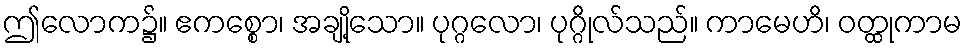
ဤလောက၌။ ဧကစ္စော၊ အချို့သော။ ပုဂ္ဂလော၊ ပုဂ္ဂိုလ်သည်။ ကာမေဟိ၊ ဝတ္ထုကာမ